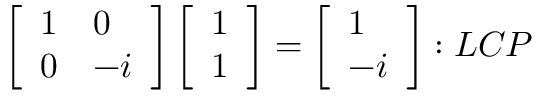
\left[ \begin{array} { l l } { 1 } & { 0 } \\ { 0 } & { - i } \end{array} \right] \left[ \begin{array} { l } { 1 } \\ { 1 } \end{array} \right] = \left[ \begin{array} { l } { 1 } \\ { - i } \end{array} \right] : L C P